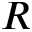
R